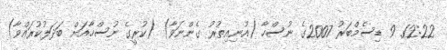
12:22